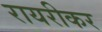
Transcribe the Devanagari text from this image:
रायरीकर